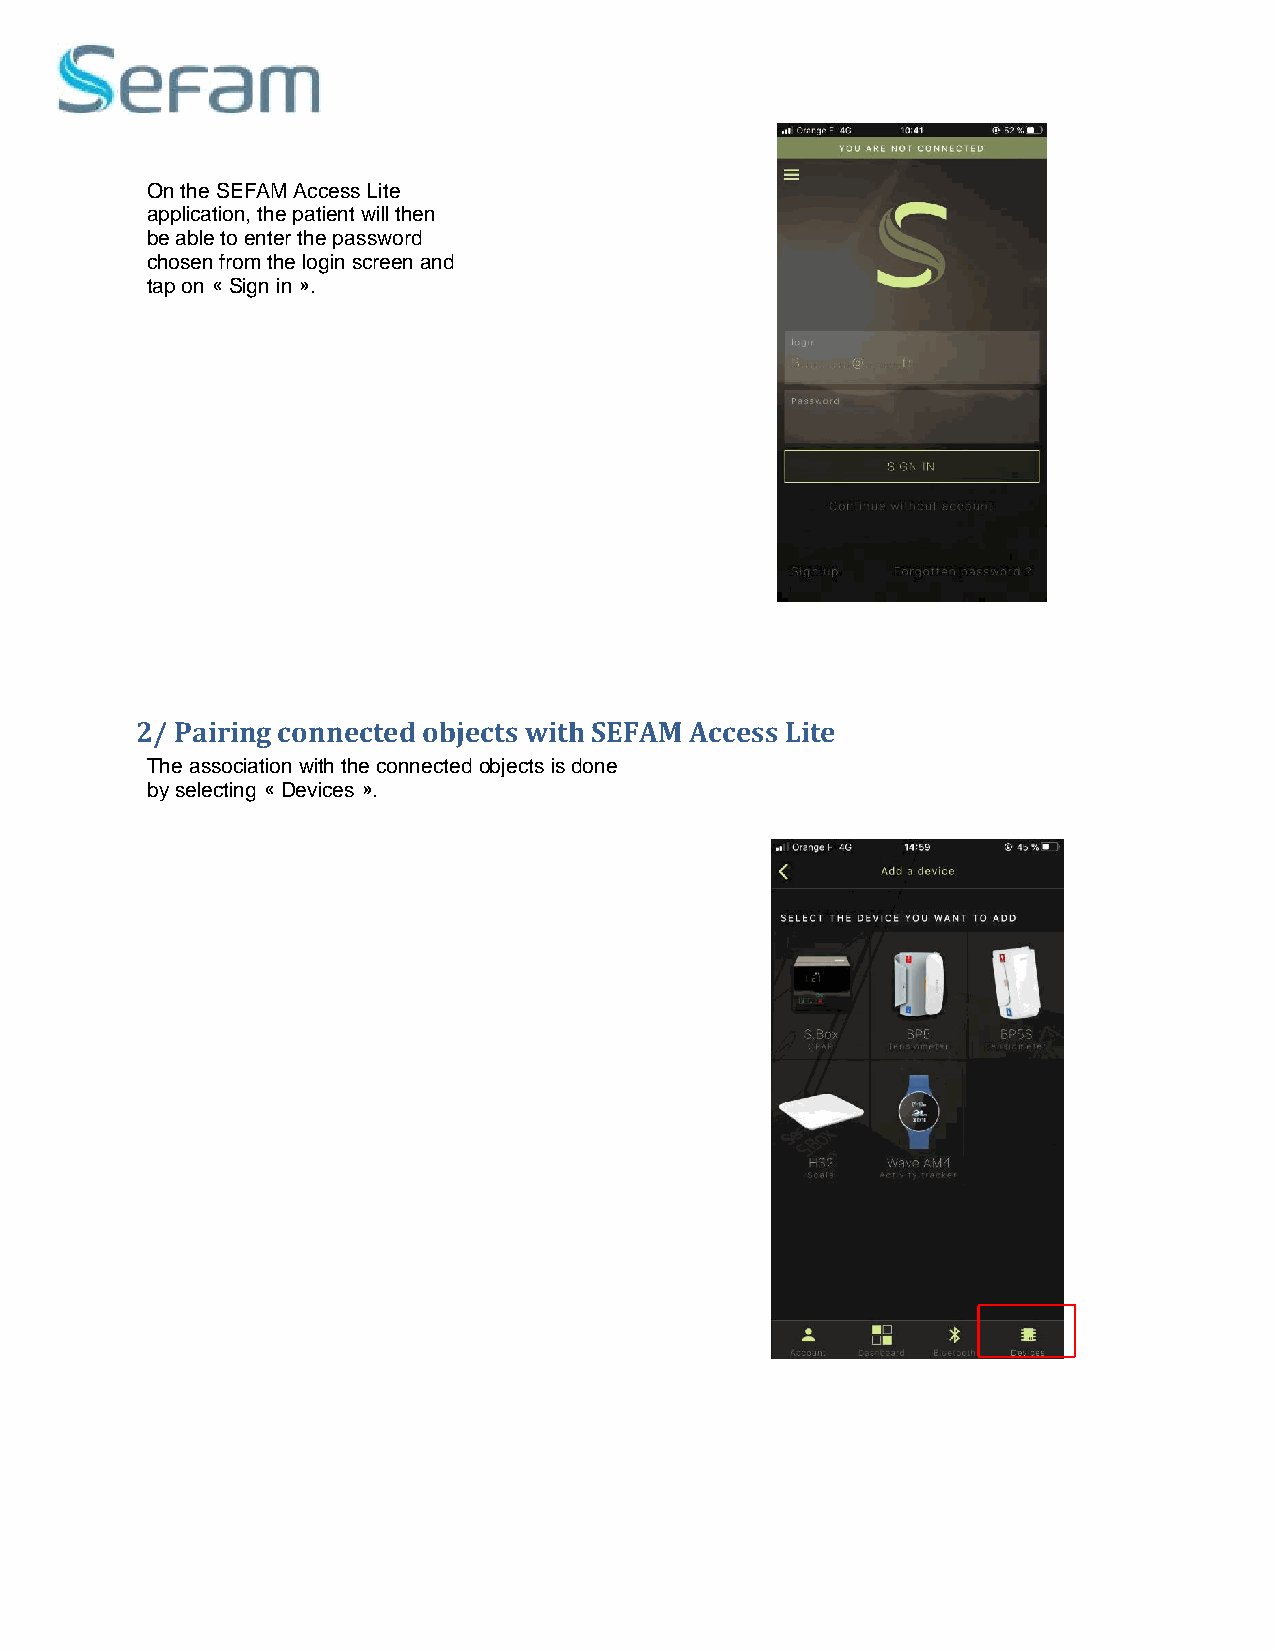
On the SEFAM Access Lite
 application, the patient will then
 be able to enter the password
 chosen from the login screen and
 tap on « Sign in ».
 2/ Pairing connected objects with SEFAM Access Lite
 The association with the connected objects is done
 by selecting « Devices ».